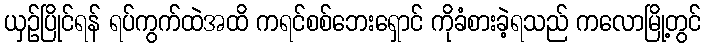
ယှဉ်ပြိုင်ရန် ရပ်ကွက်ထဲအထိ ကရင်စစ်ဘေးရှောင် ကိုခံစားခဲ့ရသည် ကလောမြို့တွင်